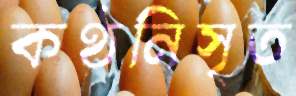
কণ্ঠনিসৃত